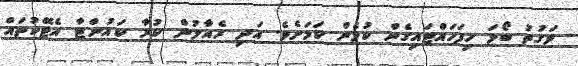
ވަގުތު ބޯޅަ ހިފަހައްޓައިގެން ކުޅެން ކަމަށެވެ. އަދި ރެއާލުން ކުރާ ކައުންޓާ އެޓޭކުތައް